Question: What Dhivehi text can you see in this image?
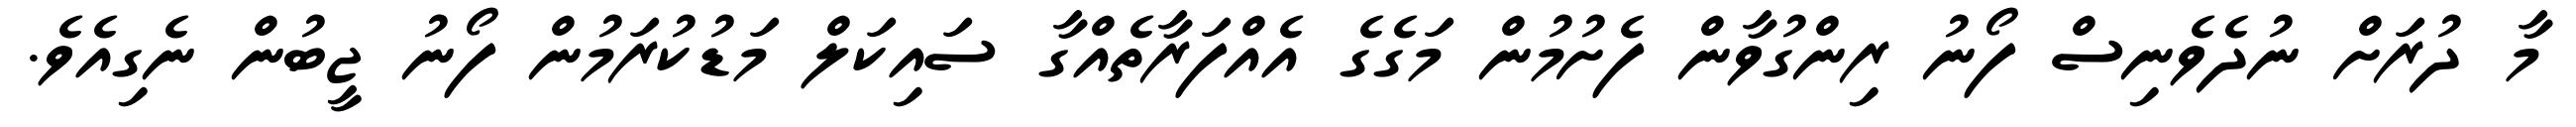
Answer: މާ ދުރަށް ނުދެވެނިސް ފޯނު ރިންގުވާން ފެށުމުން މަގެގެ އެއްފަރާތެއްގާ ސައިކަލް މަޑުކުރަމުން ފޯނު ޖީބުން ނެގިއެވެ.